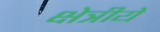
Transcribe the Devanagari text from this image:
क्षेत्रीये